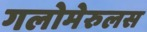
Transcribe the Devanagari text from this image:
गलोमेरुलस